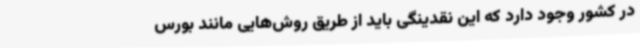
در کشور وجود دارد که این نقدینگی باید از طریق روش‌هایی مانند بورس